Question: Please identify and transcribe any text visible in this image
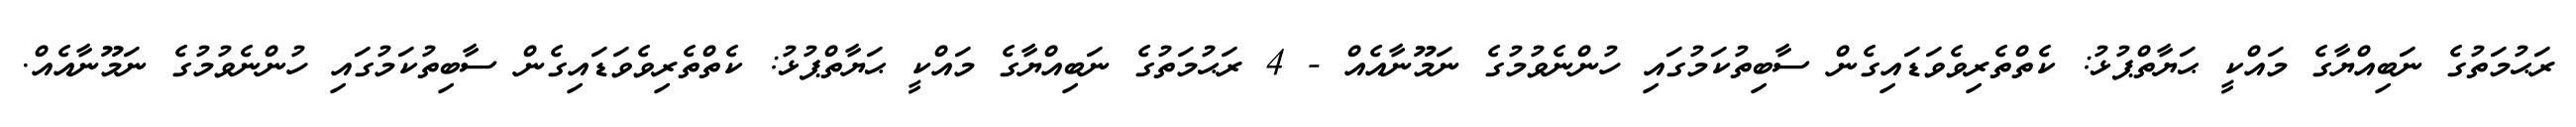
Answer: ރަޙުމަތުގެ ނަބިއްޔާގެ މައްކީ ޙަޔާތްޕުޅު: ކެތްތެރިވެވަޑައިގެން ސާބިތުކަމުގައި ހުންނެވުމުގެ ނަމޫނާއެއް - 4 ރަޙުމަތުގެ ނަބިއްޔާގެ މައްކީ ޙަޔާތްޕުޅު: ކެތްތެރިވެވަޑައިގެން ސާބިތުކަމުގައި ހުންނެވުމުގެ ނަމޫނާއެއް.